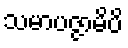
သမာပဇ္ဇာမိပိ